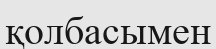
қолбасымен